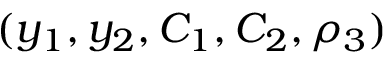
( y _ { 1 } , y _ { 2 } , C _ { 1 } , C _ { 2 } , \rho _ { 3 } )